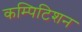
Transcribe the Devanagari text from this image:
कम्पिटिशन